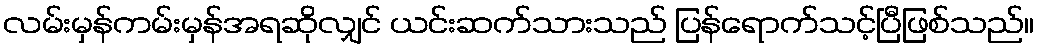
လမ်းမှန်ကမ်းမှန်အရဆိုလျှင် ယင်းဆက်သားသည် ပြန်ရောက်သင့်ပြီဖြစ်သည်။